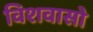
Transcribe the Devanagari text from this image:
विशवासो